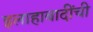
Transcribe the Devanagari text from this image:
इलाहाबादींची